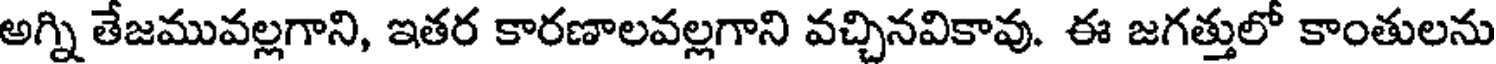
అగ్ని తేజమువల్లగాని, ఇతర కారణాలవల్లగాని వచ్చినవికావు. ఈ జగత్తులో కాంతులను